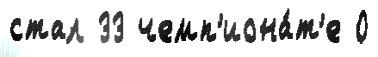
стал 33 чемп'иона́т'е 0